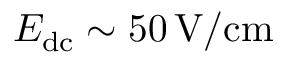
E _ { \mathrm { d c } } \sim 5 0 \, \mathrm { V / c m }